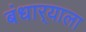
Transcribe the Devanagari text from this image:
बंधार्‍याला